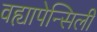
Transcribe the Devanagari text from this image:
वह्यापेन्सिली